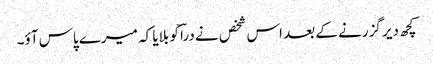
کچھ دیر گزرنے کے بعد اس شخص نے دراؔ کو بلایا کہ میرے پاس آؤ۔